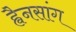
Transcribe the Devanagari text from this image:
ह्वैनसांग